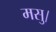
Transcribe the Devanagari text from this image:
मसु।